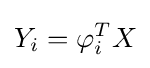
Y_{i}=\varphi _{i}^{T}X